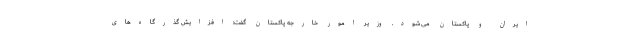
ایران و پاکستان می‌شود. وزیر امور خارجه پاکستان گفت: افزایش گذرگاه‌های